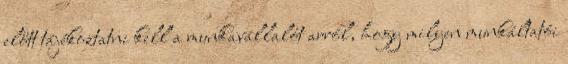
előtt tájékoztatni kell a munkavállalót arról, hogy milyen munkáltatói